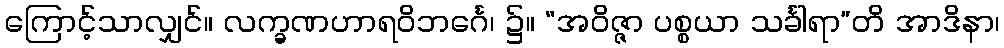
ကြောင့်သာလျှင်။ လက္ခဏဟာရဝိဘင်္ဂေ၊ ၌။ “အဝိဇ္ဇာ ပစ္စယာ သင်္ခါရာ”တိ အာဒိနာ၊